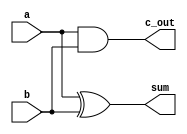
/*******************************************************************************
Half Adder adds two 1-bit binary numbers together and outputs the sum and carry 
out.

Inputs: 
    a:    1-bit addend
    b:    1-bit addend

Outputs:
    sum:   1-bit sum
    c_out: 1-bit carry out
*******************************************************************************/

`timescale 1ns / 1ps

module half_adder(
    input a,
    input b,
    output sum,
    output c_out
    );
    
    xor(sum, a, b);
    and(c_out, a, b);
endmodule